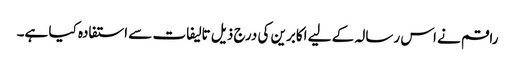
راقم نے اس رسالہ کے لیے اکابرین کی درج ذیل تالیفات سے استفادہ کیا ہے۔